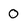
Character: O